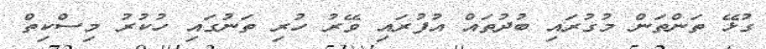
ގުޅޭ ތަންތަން މުގުރައި ބުދުތައް އުފުރައި ވޭރު ހުރި ތަނުގައި ހުކުރު މިސްކިތް